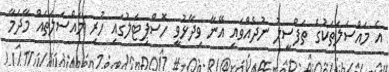
އެ މައްސަލަތަކުގެ ތަފްސީލު ނުދެއްވައި އޭނާ ވިދާޅުވީ ހޮސްޕިޓަލުގައި ހުރި މައްސަލަތައް މާދަމާ